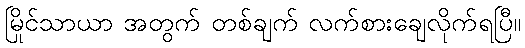
မြိုင်သာယာ အတွက် တစ်ချက် လက်စားချေလိုက်ရပြီ။